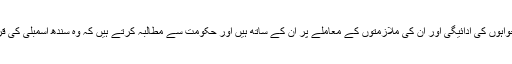
جماعت اسلامی کے امیر سینٹر سراج الحق نے کہا کہ وہ بول کی بحالی ، ورکرز کو تنخواہوں کی ادائیگی اور ان کی ملازمتوں کے معاملے پر ان کے ساتھ ہیں اور حکومت سے مطالبہ کرتے ہیں کہ وہ سندھ اسمبلی کی قرارداد اور عدالت کے حکم کے مطابق بول نیوز کے ورکرز کے مطالبات کو حل کرے۔